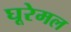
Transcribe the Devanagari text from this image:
घूरेमल